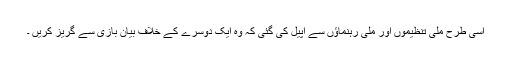
اسی طرح ملی تنظیموں اور ملی رہنماؤں سے اپیل کی گئی کہ وہ ایک دوسرے کے خلاف بیان بازی سے گریز کریں ۔